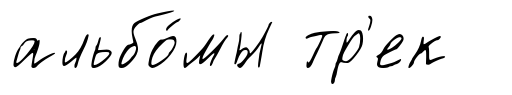
альбо́мы тр'ек